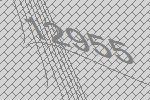
12955